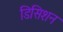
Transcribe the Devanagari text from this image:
डिसिशन